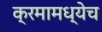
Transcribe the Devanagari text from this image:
क्रमामध्येच